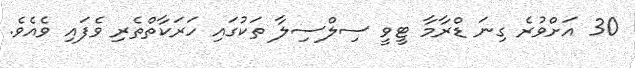
30 އަށްވުރެ ގިނަ ޑްރާމާ ޓީވީ ސިލްސިލާ ތަކުގައި ހަރަކާތްތެރި ވެފައި ވެއެވެ.